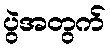
ပွဲအတွက်